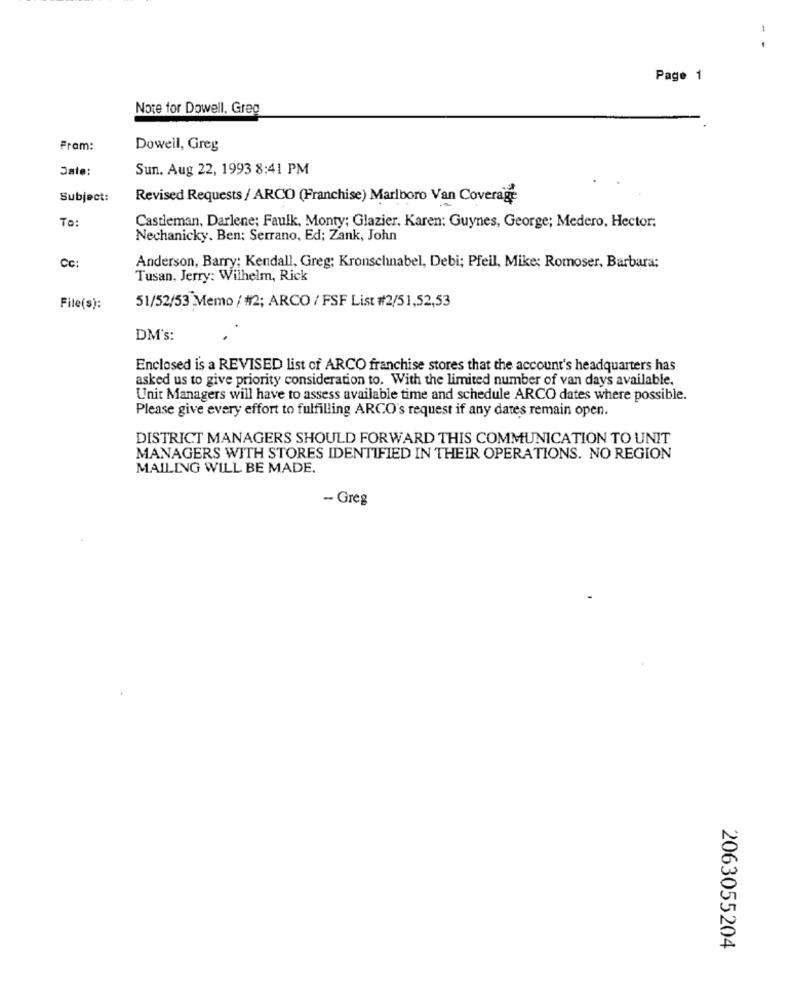
Page 1
Note for Dowell, Greg
From:
Doweil, Greg
Date:
Sun. Aug 22, 1993 8:41 PM
Subject:
Revised Requests / ARCO (Franchise) Marlboro Van Coverage
To:
Castleman, Darlene; Faulk, Monty; Glazier, Karen: Guynes, George; Medero, Hector:
Nechanicky. Ben: Serrano, Ed; Zank, John
Cc:
Anderson, Barry: Kendall, Greg; Kronschnabel, Debi; Pfeil, Mike; Romoser, Barbara:
Tusan, Jerry: Wilhelm, Rick
File(s):
51/52/53 Memo / #2; ARCO / FSF List #2/51,52,53
DM's:
Enclosed is a REVISED list of ARCO franchise stores that the account's headquarters has
asked us to give priority consideration to. With the limited number of van days available.
Unit Managers will have to assess available time and schedule ARCO dates where possible.
Please give every effort to fulfilling ARCO's request if any dates remain open.
DISTRICT MANAGERS SHOULD FORWARD THIS COMMUNICATION TO UNIT
MANAGERS WITH STORES IDENTIFIED IN THEIR OPERATIONS. NO REGION
MAILING WILL BE MADE.
- Greg
2063055204